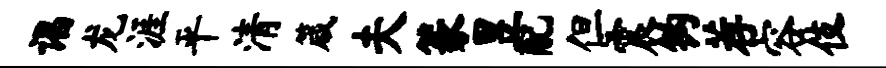
谒龙涯平清箴夫篆昱配但震钩荐容伎